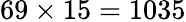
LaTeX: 69\times 15=1035